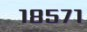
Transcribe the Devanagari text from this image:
१८५७१